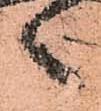
々